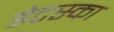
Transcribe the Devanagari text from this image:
डेटस्का